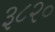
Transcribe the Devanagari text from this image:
३८२०